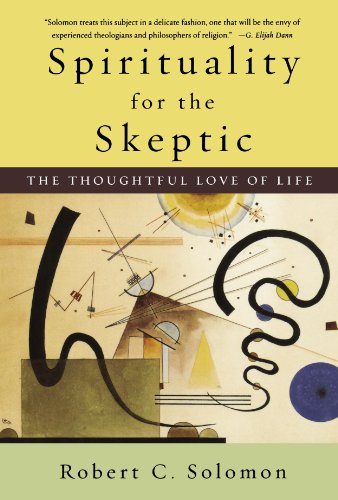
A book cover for Spirituality for the Skeptic: The Thoughtful Love of Life; Robert C. Solomon; Religion & Spirituality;